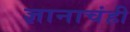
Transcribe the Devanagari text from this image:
ज्ञानाचंही